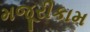
મજૂરીકામ